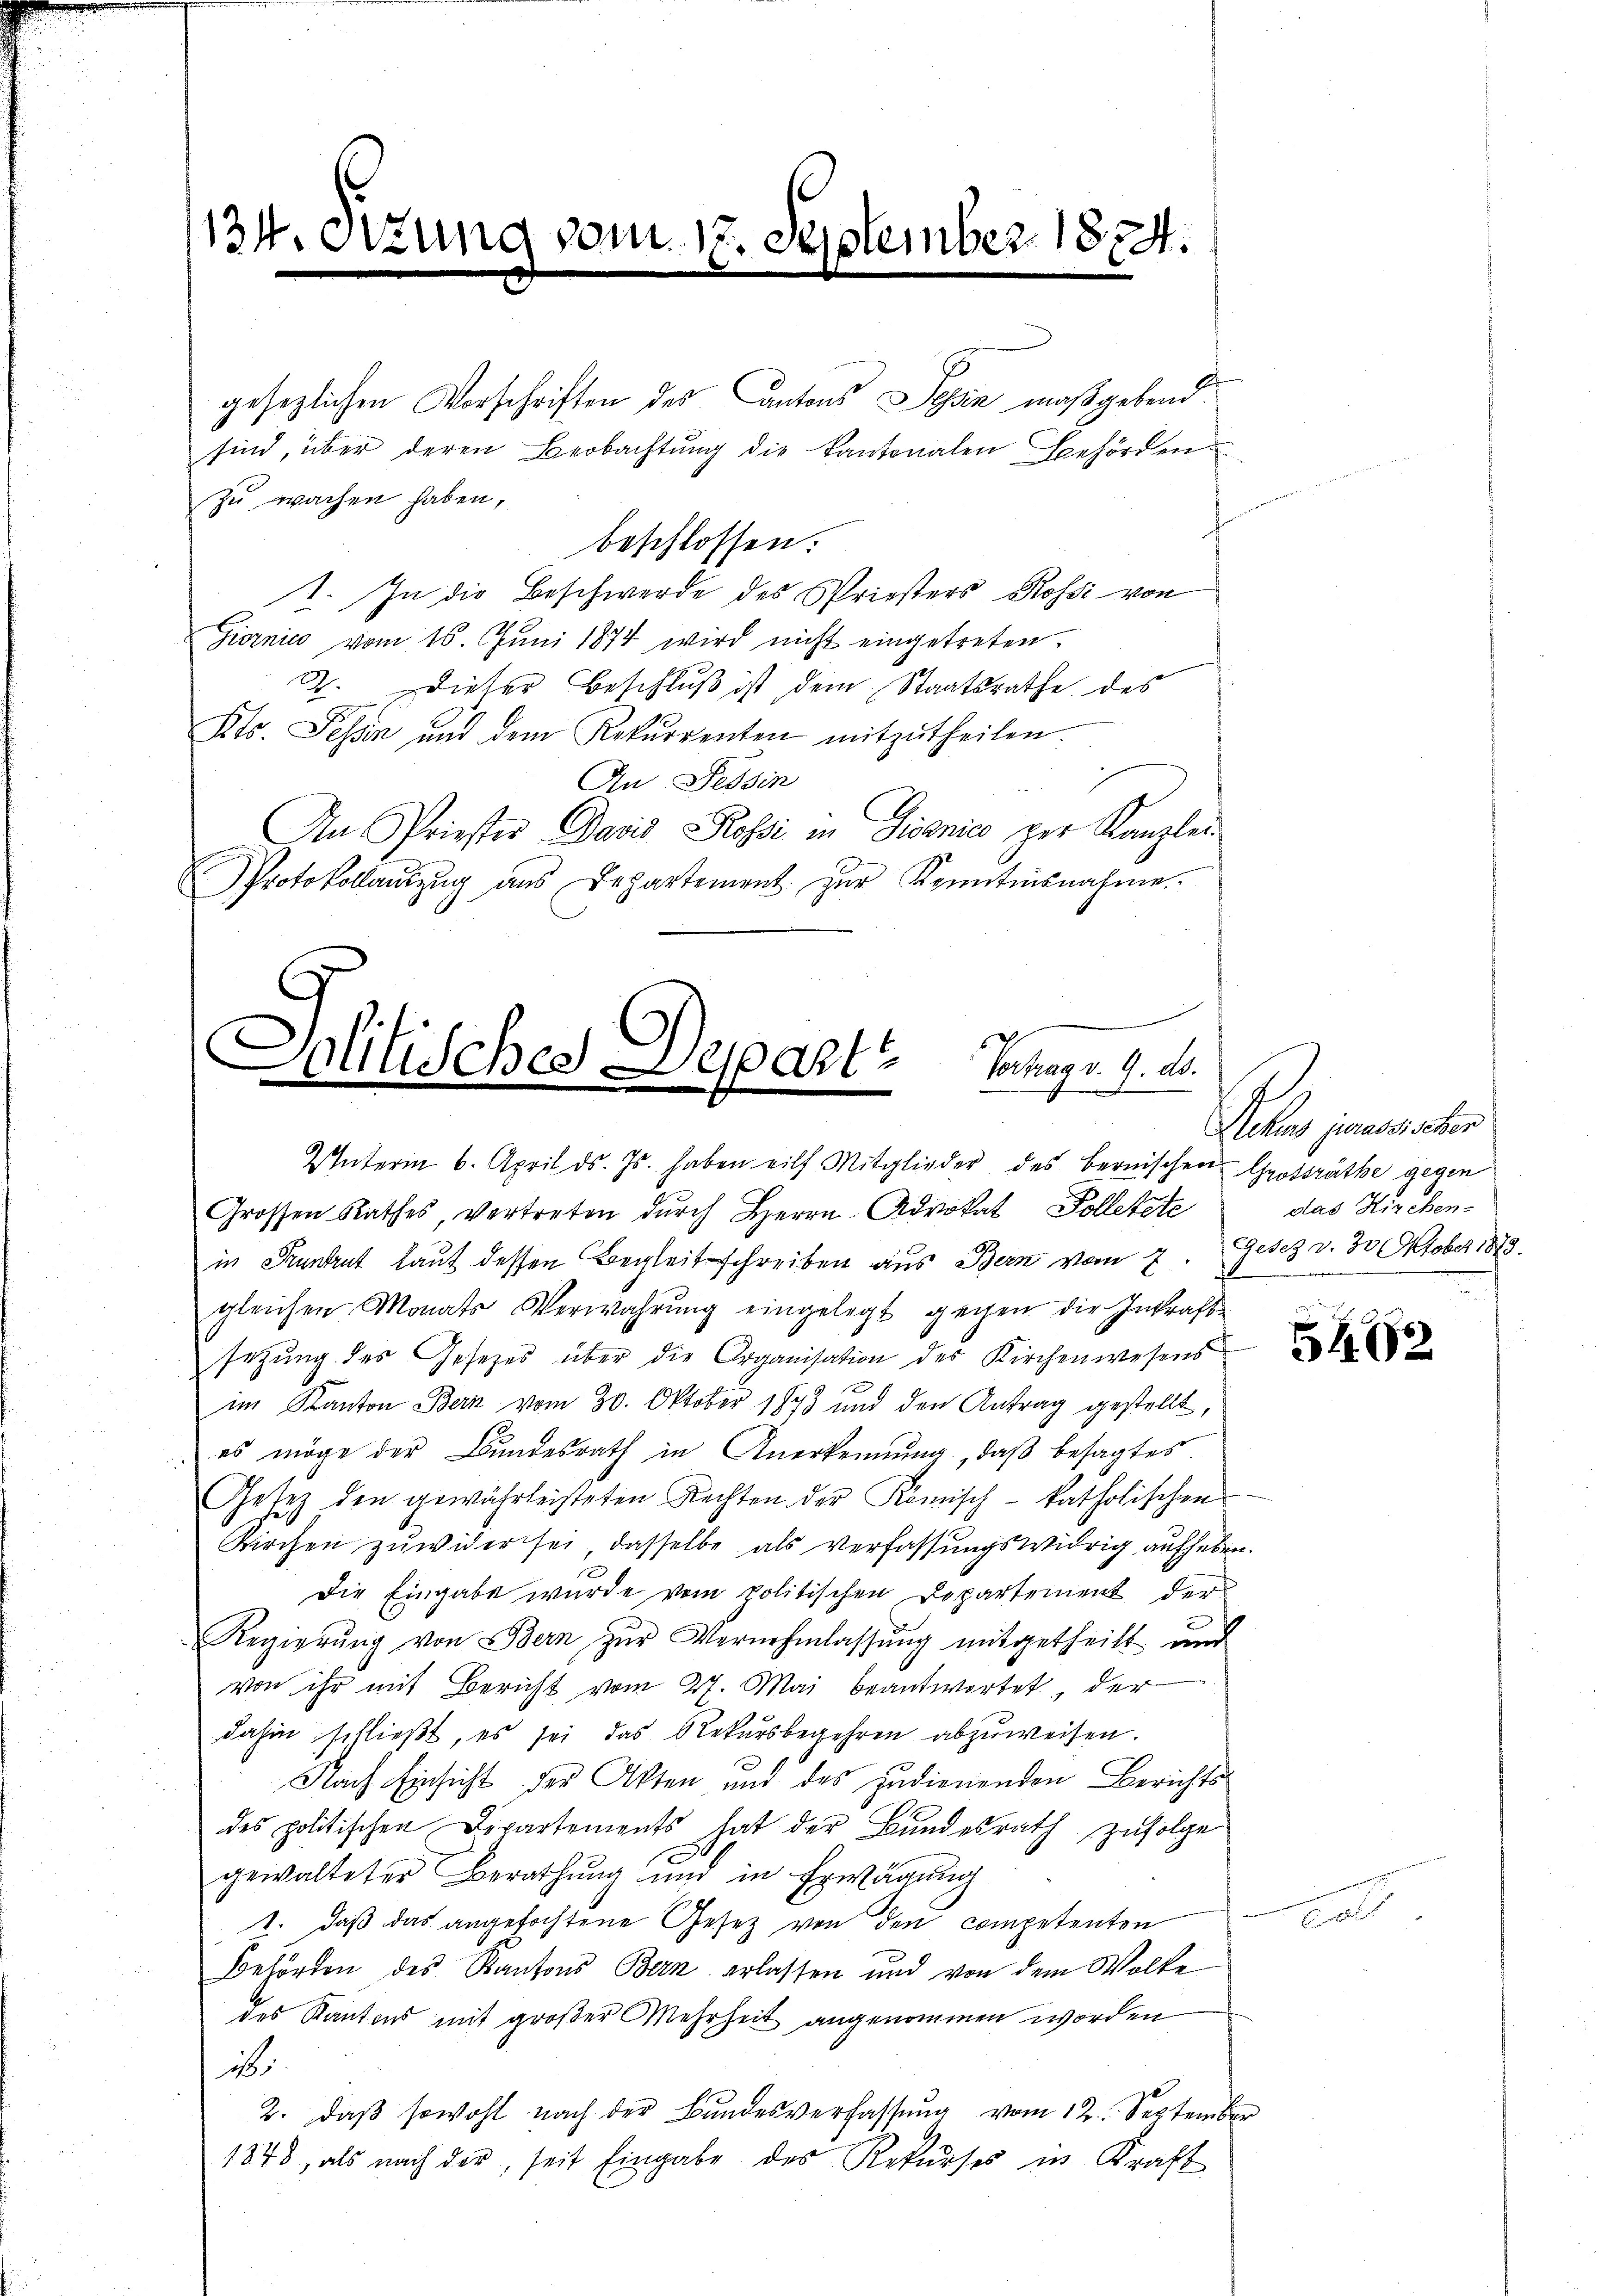
134. etzung vom 17. September 1874.

gesezlichen Vorschriften des Antons Dein maßgebend.
sind, über deren Beobachtŭng die Kantonalen Behörden
zu wachen haben,
beschlossen:
1. In die Beschwerde des Priesters Rossi von
Giornić vom 16. Juni 1874 wird nicht eingetreten.
2. dieser Beschlŭβ ist, dem Staatsrathe des
Kts. Tessin und dem Rekurrenten mitzutheilen.
An Tessin
An Priester David Kossi in Dissnic zur Kanzlei-
Protokollantzŭg aŭs Departement. zŭr Kenntnisnahme.

Politisches Departe Frage v. J.
Interin 6. April d. Js. haben eilf Mitglieder des bernischen Grossräthe gegen

Grossen Rathes, vertreten dŭrch Herrn Advokat Folletzte
in Kuntrut laut dessen Begleitschreiben aus Bern vom 7. Gesez v. 30. Oktober 1873.
gleichen Monats Verwahrung eingelegt gegen die Inkraft
setzung des Gesetzes über die Organisation des Kirchenwesens
im Kanton Bern vom 30. Oktober 1873 und den Antrag gestellt,
es möge der Bundesrath in Anerkennung, daß besagtes
Gesetz den gewährleisteten Rechten der Komisch-katholischen
Kirchen zuwider sei, dasselbe als verfassungswidrig aufheben.
Die Eingabe wurde vom Politischen Departement der
Regierŭng von Bern zŭr Vernehmlassŭng mitgetheilt und
von ihr mit Bericht vom 27. Mai beantwortet, der
dahin schließt, es sei das Rekursbegehren abzuweisen.
Nach Einsicht der Akten und des zudienenden Berichtsdes politischen Departements hat der Bundesrath zufolge
gewalteter Berathung und in Erwägŭng.
1. daß das angefochtene Gesetz von den competenten
Behörden des Kantons Bern erlassen und von dem Wolke
des Kantons mit großer Mehrheit angenommen worden
28.
2. daβ sowohl nach der Bundesverfassŭng vom 12. September
1848, als nach der, seit Eingabe des Rekurses in Kraft

Peter jenen aber
das Kirchen.

5162